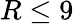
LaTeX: R\leq 9